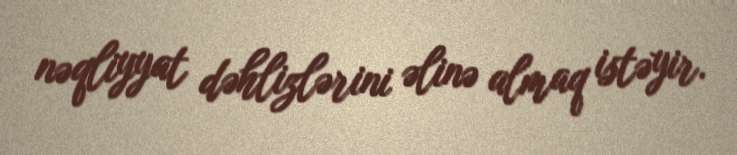
nəqliyyat dəhlizlərini əlinə almaq istəyir.